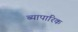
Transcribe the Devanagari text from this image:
ब्यापारिक